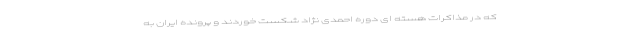
که در مذاکرات هسته ای دوره احمدی نژاد شکست خوردند و پرونده ایران به